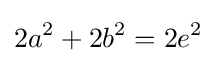
2a^{2}+2b^{2}=2e^{2}